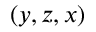
( y , z , x )